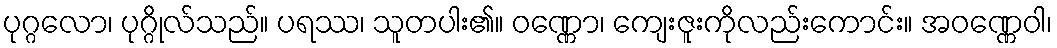
ပုဂ္ဂလော၊ ပုဂ္ဂိုလ်သည်။ ပရဿ၊ သူတပါး၏။ ဝဏ္ဏော၊ ကျေးဇူးကိုလည်းကောင်း။ အဝဏ္ဏေဝါ၊